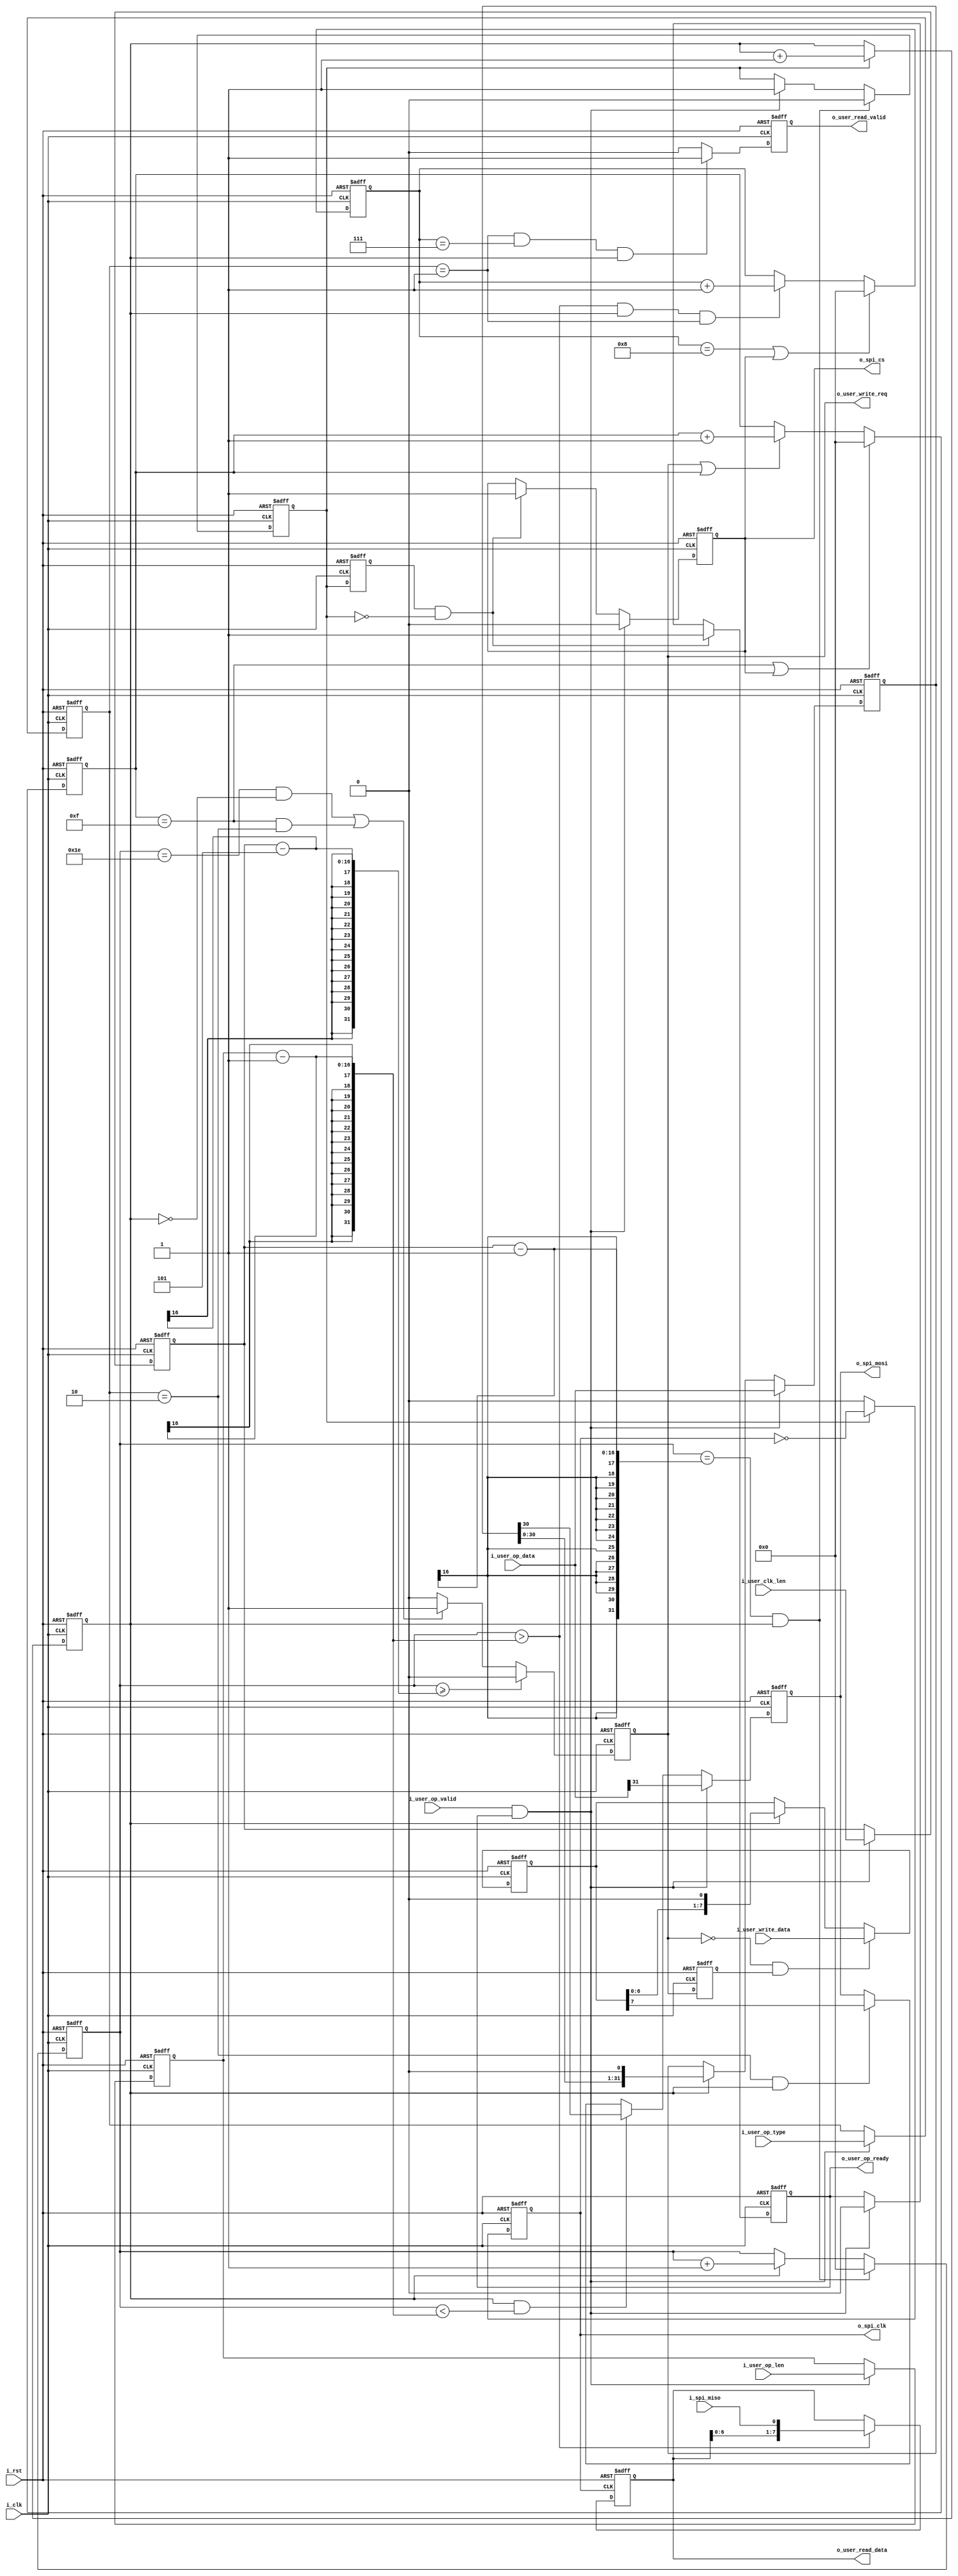
`timescale 1ns / 1ps
//////////////////////////////////////////////////////////////////////////////////
// Company: 
// Engineer: 
// 
// Design Name: 
// Module Name: spi_drive
// Project Name: 
// Target Devices: 
// Tool Versions: 
// Description: 
// 
// Dependencies: 
// 
// Revision:
// Revision 0.01 - File Created
// Additional Comments:
// 
//////////////////////////////////////////////////////////////////////////////////


module spi_drive#(
    parameter                      P_DATA_WIDTH  = 8  ,
    parameter                      P_SPI_CPOL    = 0  ,
    parameter                      P_SPI_CPHL    = 0  ,
    parameter                      P_READ_DWIDTH = 8  ,
    parameter                      P_OP_LEN      = 32  //
)( 
    input                          i_clk              ,
    input                          i_rst              ,
                               
    output                         o_spi_cs           ,//spi
    output                         o_spi_clk          ,//spi
    output                         o_spi_mosi         ,//spi
    input                          i_spi_miso         ,//spi
 
    input  [P_OP_LEN - 1 : 0]      i_user_op_data     ,//(8+24)
    input  [1:0]                   i_user_op_type     ,//()
    input  [15:0]                  i_user_op_len      ,//(8+248)
    input  [15:0]                  i_user_clk_len     ,//8+24+8*
    input                          i_user_op_valid    ,//
    output                         o_user_op_ready    ,//
 
    input  [P_DATA_WIDTH - 1 : 0]  i_user_write_data  ,//
    output                         o_user_write_req   ,//
 
    output [P_READ_DWIDTH - 1 : 0] o_user_read_data   ,//
    output                         o_user_read_valid   //

    );
/******************************function***************************/
/******************************parameter**************************/
localparam P_OP_INS   = 0,
           P_OP_READ  = 1,
           P_OP_WRITE = 2;
/******************************port*******************************/
/******************************machine****************************/
/******************************reg********************************/
reg                          ro_spi_cs            ;
reg                          ro_spi_clk           ;
reg                          ro_spi_mosi          ;
reg                          ro_user_ready        ;
reg  [P_OP_LEN - 1 : 0]      r_user_op_data       ;
reg  [1:0]                   r_user_op_type       ;
reg  [15:0]                  r_user_op_len        ;
reg  [15:0]                  r_user_clk_len       ;
reg                          r_run                ;
reg                          r_run_1d             ;
reg  [15:0]                  r_cnt                ;
reg                          r_spi_cnt            ;
reg                          ro_user_write_req    ;
reg                          ro_user_write_req_1d ;
reg  [15:0]                  r_write_cnt          ;
reg  [P_DATA_WIDTH - 1 : 0]  r_user_write_data    ;
reg  [P_READ_DWIDTH - 1 : 0] ro_user_read_data    ;
reg                          ro_user_read_valid   ;
reg  [15:0]                  r_read_cnt           ;
/******************************wire*******************************/
wire                         w_tx_active          ;
/******************************component**************************/
/******************************assign*****************************/
assign o_spi_cs          = ro_spi_cs                  ;
assign o_spi_clk         = ro_spi_clk                 ;
assign o_spi_mosi        = ro_spi_mosi                ;
assign o_user_op_ready   = ro_user_ready              ;
assign o_user_read_data  = ro_user_read_data          ; 
assign o_user_write_req  = ro_user_write_req          ;
assign o_user_read_valid = ro_user_read_valid         ; 

assign w_tx_active       = i_user_op_valid & o_user_op_ready;
/******************************always*****************************/
//
always @(posedge i_clk or posedge i_rst)begin
    if(i_rst)
        ro_user_ready <= 'd1;
    else if(r_run_1d && !r_run)
        ro_user_ready <= 'd1;
    else if(w_tx_active)
        ro_user_ready <= 'd0;
    else
        ro_user_ready <= ro_user_ready;
end
//
always @(posedge i_clk or posedge i_rst)begin
    if(i_rst)begin
        r_user_op_type <= 'd0;
        r_user_op_len  <= 'd0;
        r_user_clk_len <= 'd0;
    end
    else if(w_tx_active)begin
        r_user_op_type <= i_user_op_type;
        r_user_op_len  <= i_user_op_len ;
        r_user_clk_len <= i_user_clk_len;        
    end
    else begin
        r_user_op_type <= r_user_op_type;
        r_user_op_len  <= r_user_op_len ;
        r_user_clk_len <= r_user_clk_len;        
    end
end
//
always @(posedge i_clk or posedge i_rst)begin
    if(i_rst)
        r_user_op_data <= 'd0;
    else if(w_tx_active)
        r_user_op_data <= i_user_op_data;//      
    else if(r_spi_cnt)
        r_user_op_data <= r_user_op_data << 1;//
    else 
        r_user_op_data <= r_user_op_data;       
end
//
always @(posedge i_clk or posedge i_rst)begin
    if(i_rst)
        r_run <= 'd0;
    else if(r_cnt == r_user_clk_len - 1 && r_spi_cnt)
        r_run <= 'd0;
    else if(w_tx_active)
        r_run <= 'd1;
    else
        r_run <= r_run;
end
always @(posedge i_clk or posedge i_rst)begin
    if(i_rst)
        r_run_1d <= 'd0;
    else
        r_run_1d <= r_run;
end
//spi
always @(posedge i_clk or posedge i_rst)begin
    if(i_rst)
        r_cnt <= 'd0;
    else if(r_cnt == r_user_clk_len - 1 && r_spi_cnt)
        r_cnt <= 'd0;
    else if(r_spi_cnt)
        r_cnt <= r_cnt + 1;
    else
        r_cnt <= r_cnt;
end
//spi
always @(posedge i_clk or posedge i_rst)begin
    if(i_rst)
        r_spi_cnt <= 'd0;
    else if(r_run)
        r_spi_cnt <= r_spi_cnt + 1;
    else
        r_spi_cnt <= r_spi_cnt;
end
//spi
always @(posedge i_clk or posedge i_rst)begin
    if(i_rst)
        ro_spi_clk <= P_SPI_CPOL;
    else if(r_run)
        ro_spi_clk <= ~ro_spi_clk;
    else
        ro_spi_clk <= P_SPI_CPOL;
end
//spi
always @(posedge i_clk or posedge i_rst)begin
    if(i_rst)
        ro_spi_cs <= 'd1;
    else if(w_tx_active)
        ro_spi_cs <= 'd0;
    else if(r_run_1d && !r_run)
        ro_spi_cs <= 'd1;
    else
        ro_spi_cs <= ro_spi_cs;
end
//spimosi
always @(posedge i_clk or posedge i_rst)begin
    if(i_rst)
        ro_spi_mosi <= 'd0;
    else if(w_tx_active)
        ro_spi_mosi <= i_user_op_data[P_OP_LEN-1];//
    else if(r_spi_cnt && r_cnt < r_user_op_len - 1)//?
        ro_spi_mosi <= r_user_op_data[P_OP_LEN-2];//
    else if(r_user_op_type == P_OP_WRITE && r_spi_cnt)//
        ro_spi_mosi <= r_user_write_data[P_DATA_WIDTH - 1];
    else
        ro_spi_mosi <= ro_spi_mosi;
end
//    
always @(posedge i_clk or posedge i_rst)begin
    if(i_rst)
        ro_user_write_req <= 'd0;
    else if(r_cnt >= r_user_clk_len - 5)//
        ro_user_write_req <= 'd0;
    else if((r_cnt == 30 && !r_spi_cnt) || (r_write_cnt == 15) && r_user_op_type == P_OP_WRITE)
        ro_user_write_req <= 'd1;
    else
        ro_user_write_req <= 'd0;
end
always @(posedge i_clk or posedge i_rst)begin
    if(i_rst)
        ro_user_write_req_1d <= 'd0;
    else
        ro_user_write_req_1d <= ro_user_write_req;
end
always @(posedge i_clk or posedge i_rst)begin
    if(i_rst)
        r_write_cnt <= 'd0;
    else if(r_write_cnt == 15 || ro_spi_cs)
        r_write_cnt <= 'd0;
    else if(ro_user_write_req || r_write_cnt)
        r_write_cnt <= r_write_cnt + 1;
    else
        r_write_cnt <= r_write_cnt;
end
//
always @(posedge i_clk or posedge i_rst)begin
    if(i_rst)
        r_user_write_data <= 'd0;
    else if(!ro_user_write_req & ro_user_write_req_1d)
        r_user_write_data <= i_user_write_data;
    else if(r_spi_cnt)
        r_user_write_data <= r_user_write_data << 1;
    else
        r_user_write_data <= r_user_write_data;
end
//
always @(posedge ro_spi_clk or posedge i_rst)begin
    if(i_rst)
        ro_user_read_data <= 'd0;
    else if(r_cnt > r_user_op_len - 1)
        ro_user_read_data <= {ro_user_read_data[P_DATA_WIDTH-2:0],i_spi_miso};
    else
        ro_user_read_data <= ro_user_read_data;
end

always @(posedge i_clk or posedge i_rst)begin
    if(i_rst)
        r_read_cnt <= 'd0;
    else if(r_read_cnt == P_DATA_WIDTH - 0 || ro_spi_cs)
        r_read_cnt <= 'd0;
    else if(r_cnt > r_user_op_len - 1 && r_spi_cnt && r_user_op_type == P_OP_READ)
        r_read_cnt <= r_read_cnt + 1;
    else
        r_read_cnt <= r_read_cnt;
end
//
always @(posedge i_clk or posedge i_rst)begin
    if(i_rst)
        ro_user_read_valid <= 'd0;
    else if(r_user_op_type == P_OP_READ && r_read_cnt ==  P_DATA_WIDTH - 1 && r_spi_cnt)
        ro_user_read_valid <= 'd1;
    else
        ro_user_read_valid <= 'd0;
end

endmodule